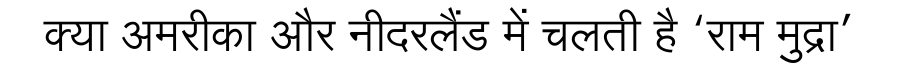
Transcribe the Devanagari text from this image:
क्या अमरीका और नीदरलैंड में चलती है ‘राम मुद्रा’